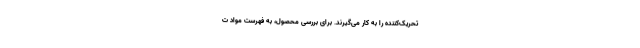
تحریک‌کننده را به کار می‌گیرند. برای بررسی محصول، به فهرست مواد ت